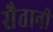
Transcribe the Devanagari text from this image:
सैतानी